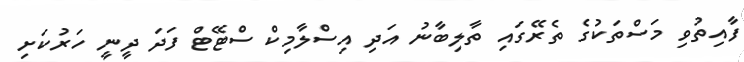
ފާއިތުވި މަސްތަކުގެ ތެރޭގައި ތާލިބާނު އަދި އިސްލާމިކް ސްޓޭޓް ފަދަ ދީނީ ހަރުކަށި